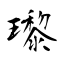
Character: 瓈